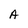
Character: A